Leaving Certificate Examination, 1902
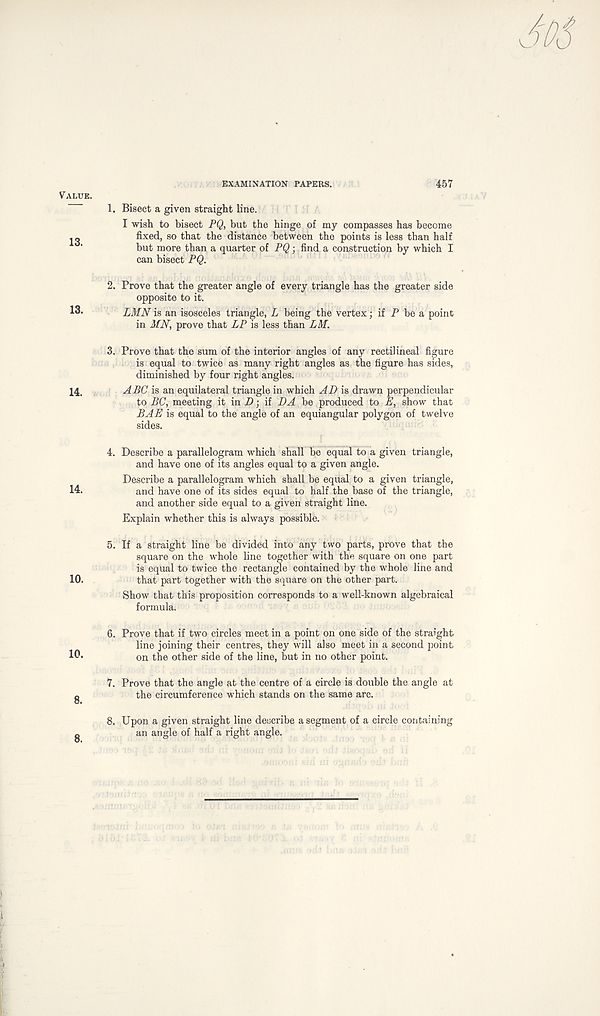
Value.
13.
EXAMINATION PAPERS.
457
1. Bisect a given straight line.
I wish to bisect PQ, but the hinge of my compasses has become
fixed, so that the distance between the points is less than half
but more than a quarter of PQ; find a construction by which I
can bisect PQ.
2. Prove that the greater angle of every triangle has the greater side
opposite to it.
LMN is an isosceles triangle, L being the vertex; if P be a point
in MN, prove that LP is less than LM.
3. Prove that the sum of the interior angles of any rectilineal figure
is equal to twice as many right angles as the figure has sides,
diminished by four right angles.
14,
ABC is an equilateral triangle in which AD is drawn perpendicular
to BC, meeting it in D ■ , if DA be produced to E, show that
BAE is equal to the angle of an equiangular polygon of twelve
sides.
4. Describe a parallelogram which shall be equal to a given
and have one of its angles equal to a given angle.
Describe a parallelogram which shall be equal to a given
14.
and have one of its sides equal to half the base of the
and another side equal to a given straight line.
Explain whether this is always possible.
5. If a straight line be divided into any two parts, prove that the
square on the whole line together with the square on one part
is equal to twice the rectangle contained by the whole line and
10.
that part together with the square on the other part.
Show that this proposition corresponds to a well-known algebraical
formula.
6. Prove that if two circles meet in a point on one side of the straight
line joining their centres, they will also meet in a second point
IP-
on the other side of the line, but in no other point.
triangle,
triangle,
triangle,
7. Prove that the angle at the centre of a circle is double the angle at
the circumference which stands on the same arc.
8. Upon a given straight line describe a segment of a circle containing
an angle of half a right angle.